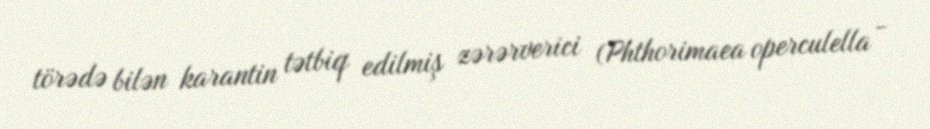
törədə bilən karantin tətbiq edilmiş zərərverici (Phthorimaea operculella -